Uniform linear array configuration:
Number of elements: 8
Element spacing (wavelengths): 1
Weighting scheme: blackman
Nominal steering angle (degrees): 45
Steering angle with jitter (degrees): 44.994
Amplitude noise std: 0.05
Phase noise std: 0.05

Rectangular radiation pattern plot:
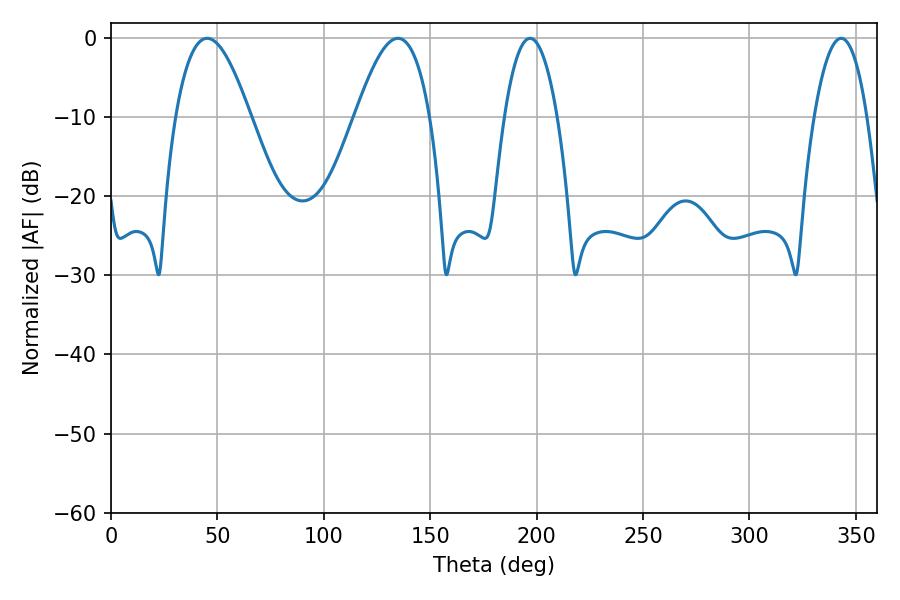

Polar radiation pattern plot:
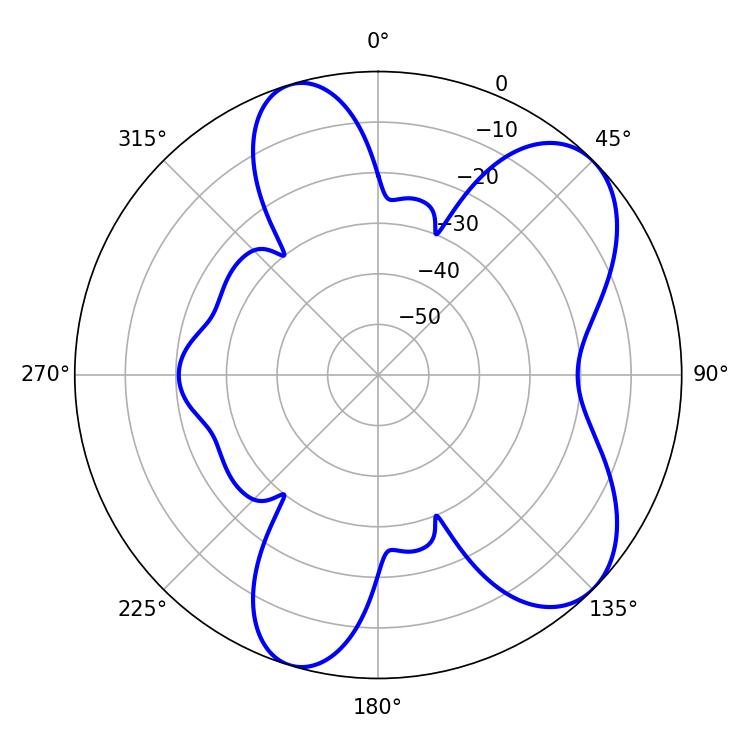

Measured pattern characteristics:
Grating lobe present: TRUE
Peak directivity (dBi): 7.285
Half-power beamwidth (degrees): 19.08
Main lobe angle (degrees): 45.18